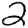
Digit: 2